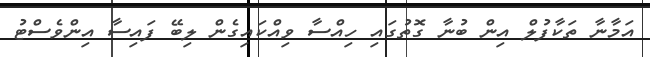
އަމާނާ ތަކާފުލް އިން ބުނާ ގޮތުގައި ހިއްސާ ވިއްކައިގެން ލިބޭ ފައިސާ އިންވެސްޓު